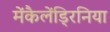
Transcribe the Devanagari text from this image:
मेंकैलेंड्रिनिया